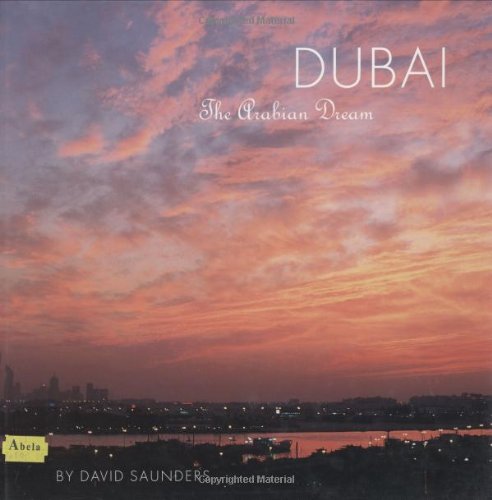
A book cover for Dubai: The Arabian Dream DISTRIBUTION CANCELLED; David Saunders; History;